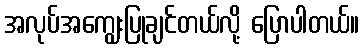
အလုပ်အကျွေးပြုချင်တယ်လို့ ပြောပါတယ်။